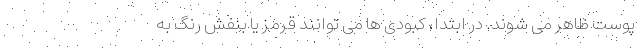
پوست ظاهر می شوند. در ابتدا، کبودی ها می توانند قرمز یا بنفش رنگ به